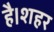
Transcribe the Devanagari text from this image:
है।शहर